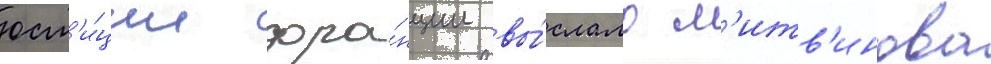
юст'и́ции фра́нции вы́слало л'итв'инова